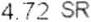
4.72 SR